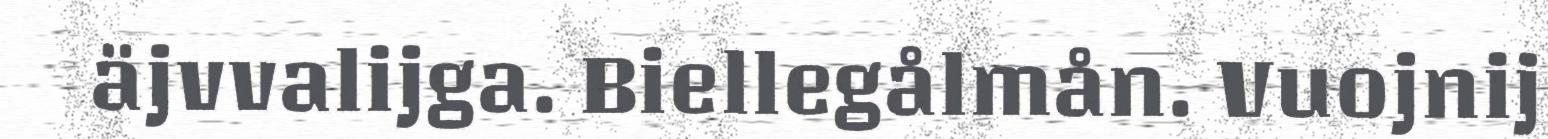
äjvvalijga. Biellegålmån. Vuojnij